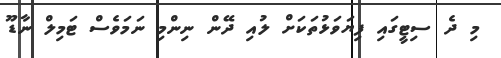
މި ދެ ސިޓީގައި ފިޔަވަޅުތަކަށް ލުއި ދޭން ނިންމި ނަމަވެސް ޓަމިލް ނާޑޫ